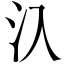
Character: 𣱿